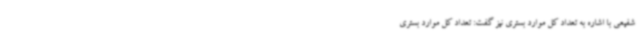
شفیعی با اشاره به تعداد کل موارد بستری نیز گفت: تعداد کل موارد بستری